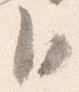
臣